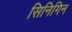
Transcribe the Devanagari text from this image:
सिनिगिन